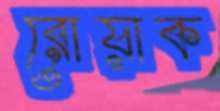
রোয়াক